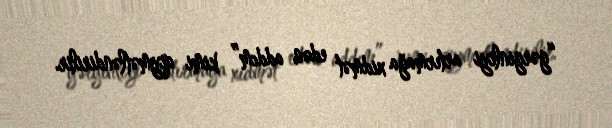
“gərginliyi artırmağa xidmət edən addım” kimi qiymətləndirilir.